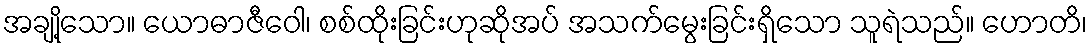
အချို့သော။ ယောဓာဇီဝေါ၊ စစ်ထိုးခြင်းဟုဆိုအပ် အသက်မွေးခြင်းရှိသော သူရဲသည်။ ဟောတိ၊